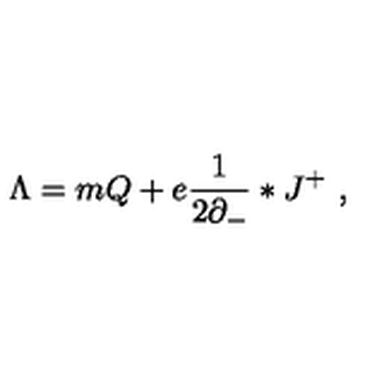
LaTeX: \Lambda = m Q + e \frac { 1 } { 2 \partial _ { - } } * J ^ { + } \ ,